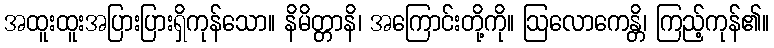
အထူးထူးအပြားပြားရှိကုန်သော။ နိမိတ္တာနိ၊ အကြောင်းတို့ကို။ ဩလောကေန္တိ၊ ကြည့်ကုန်၏။